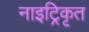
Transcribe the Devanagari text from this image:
नाइट्रिकृत